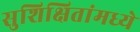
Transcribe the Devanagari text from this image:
सुशिक्षितांमध्ये